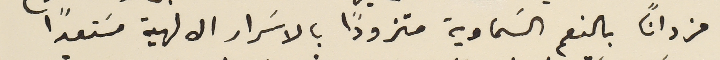
مزداناً بالنعم السَماوية متزودًا بالاسَرار الالهية مسَتعداً